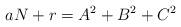
LaTeX: \begin{align*} aN+r = A^2+B^2+C^2\end{align*}